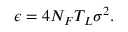
\begin{array} { r } { \epsilon = 4 N _ { F } T _ { L } \sigma ^ { 2 } . } \end{array}